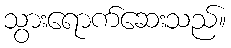
သွားရောက်ဆေးသည်။